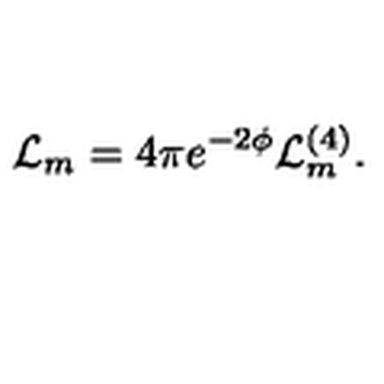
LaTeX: \mathcal { L } _ { m } = 4 \pi e ^ { - 2 \phi } \mathcal { L } _ { m } ^ { ( 4 ) } .